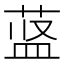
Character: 𱽷